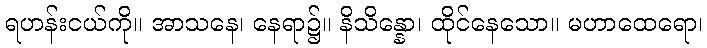
ရဟန်းငယ်ကို။ အာသနေ၊ နေရာ၌။ နိသိန္နော၊ ထိုင်နေသော။ မဟာထေရော၊